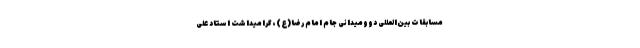
مسابقات بین‌المللی دوومیدانی جام امام رضا(ع)، گرامیداشت استاد علی